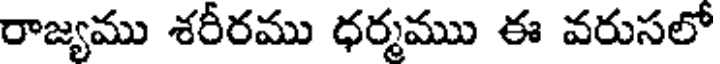
రాజ్యము శరీరము ధర్మము ఈ వరుసలో